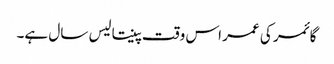
گائمر کی عمر اس وقت پینتالیس سال ہے۔